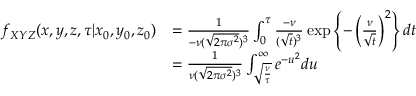
\begin{array} { r l } { f _ { X Y Z } ( x , y , z , \tau \vert x _ { 0 } , y _ { 0 } , z _ { 0 } ) } & { = \frac { 1 } { - \nu ( \sqrt { 2 \pi \sigma ^ { 2 } } ) ^ { 3 } } \int _ { 0 } ^ { \tau } \frac { - \nu } { ( \sqrt { t } ) ^ { 3 } } \exp \left\lbrace - \left( \frac { \nu } { \sqrt { t } } \right) ^ { 2 } \right\rbrace d t } \\ & { = \frac { 1 } { \nu ( \sqrt { 2 \pi \sigma ^ { 2 } } ) ^ { 3 } } \int _ { \sqrt { \frac { \nu } { \tau } } } ^ { \infty } e ^ { - u ^ { 2 } } d u } \end{array}